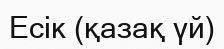
Есік (қазақ үй)